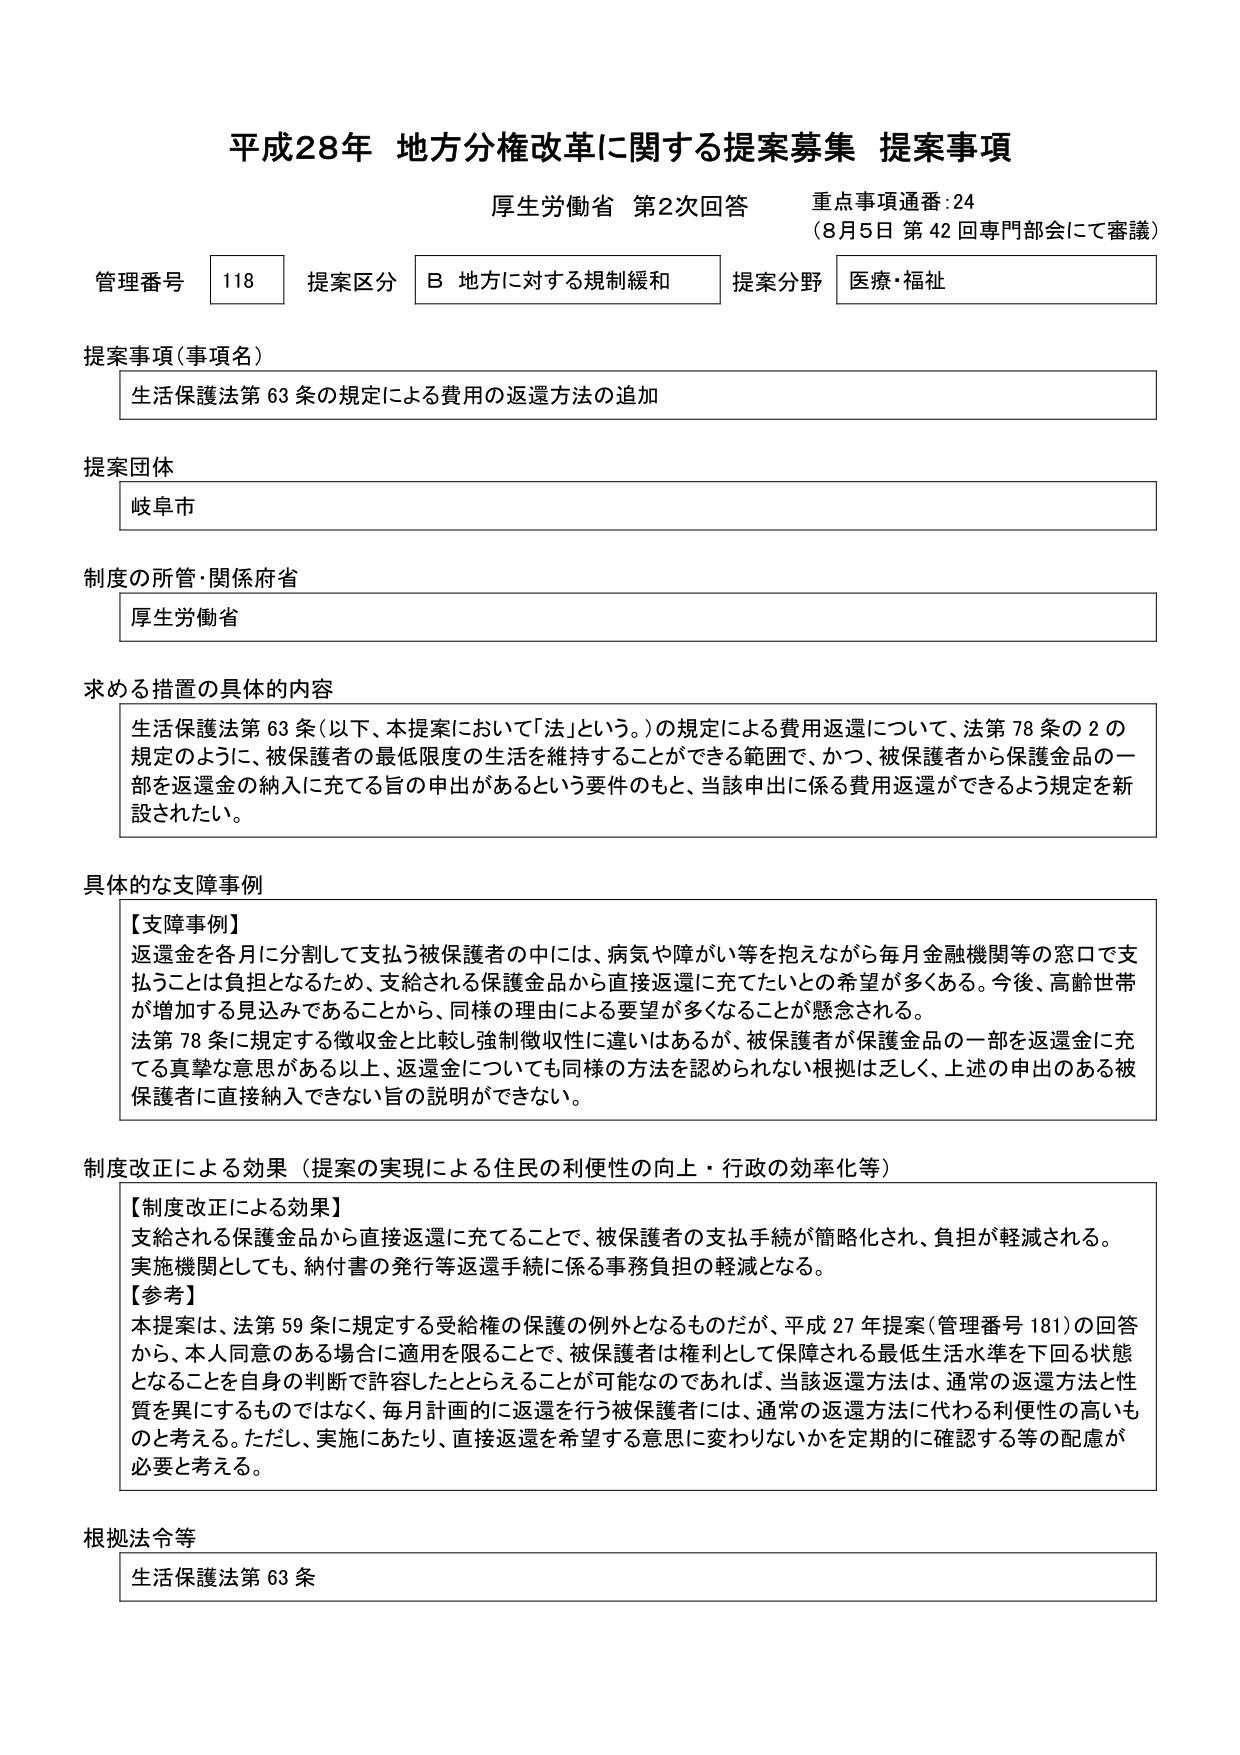
平成28年 地方分権改革に関する提案募集 提案事項
厚生労働省 第2次回答 重点事項通番:24
（8月5日 第42回専門部会にて審議）

管理番号 118 提案区分 B 地方に対する規制緩和 提案分野 医療・福祉

提案事項（事項名）
生活保護法第63条の規定による費用の返還方法の追加

提案団体
岐阜市

制度の所管・関係府省
厚生労働省

求める措置の具体的な内容
生活保護法第63条（以下、本提案において「法」という。）の規定による費用返還について、法第78条の2の規定のように、被保護者の最低限度の生活を維持することができる範囲で、かつ、被保護者から保護金品の一部を返還金の納入に充てる旨の申出があるという要件のもと、当該申出に係る費用返還ができるよう規定を新設されたい。

具体的な支障事例
【支障事例】
返還金を各月に分割して支払う被保護者の中には、病気や障がい等を抱えながら毎月金融機関等の窓口で支払うことは負担となるため、支給される保護金品から直接返還に充てたいとの希望が多くある。今後、高齢世帯が増加する見込みであることから、同様の理由による要望が多くなることが懸念される。
法第78条に規定する徴収金と比較し強制徴収性に違いはあるが、被保護者が保護金品の一部を返還金に充てる真摯な意思がある以上、返還金についても同様の方法を認められない根拠に乏しく、上述の申出のある被保護者に直接納入できない旨の説明ができない。

制度改正による効果（提案の実現による住民の利便性の向上・行政の効率化等）
【制度改正による効果】
支給される保護金品から直接返還に充てることで、被保護者の支払手続が簡略化され、負担が軽減される。
実施機関としても、納付書の発行等返還手続に係る事務負担の軽減となる。
【参考】
本提案は、法第59条に規定する受給権の保護の例外となるものだが、平成27年提案（管理番号181）の回答から、本人同意のある場合に適用を限ることで、被保護者は権利として保障される最低生活水準を下回る状態となることを自身の判断で許容したととらえることが可能なのであれば、当該返還方法は、通常の返還方法と性質を異にするものではなく、毎月計画的に返還を行う被保護者には、通常の返還方法に代わる利便性の高いものと考える。ただし、実施にあたり、直接返還を希望する意思に変わりないかを定期的に確認する等の配慮が必要と考える。

根拠法令等
生活保護法第63条